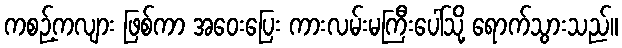
ကစဉ့်ကလျား ဖြစ်ကာ အဝေးပြေး ကားလမ်းမကြီးပေါ်သို့ ရောက်သွားသည်။